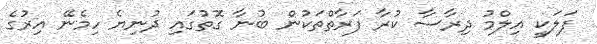
ފަލަކީ އިލްމު ދިރާސާ ކުރާ ފަރާތްތަކުން ބުނާ ގޮތުގައި ދުނިޔެ ހިމެނޭ އިރުގެ